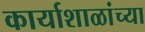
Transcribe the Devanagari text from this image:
कार्याशाळांच्या